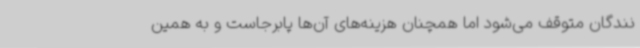
نندگان متوقف می‌شود اما همچنان هزینه‌های آن‌ها پابرجاست و به همین